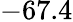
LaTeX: -67.4